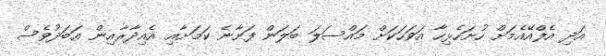
އަދި އެފްއޭއެމަށް ހުށަހެޅިހާ އަވަހަކަށް މައްސަލަ ބަލަން ފަށާނެ ކަމަށާއި އެއިދާރާއިން އަބަދުވެސް